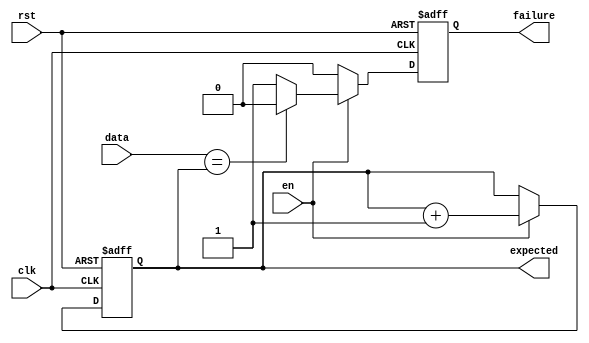
// This program was cloned from: https://github.com/DigitalDesignSchool/ce2020labs
// License: MIT License

module tb_receiver
(
    input            clk,
    input            rst,
    input            en,
    input      [3:0] data,
    output reg [3:0] expected,
    output reg       failure
);

    always @ (posedge clk or posedge rst)
        if (rst)
        begin
            expected <= 1;
            failure  <= 0;
        end
        else if (en)
        begin
            if (data == expected)
            begin
                $display ("Receive %d %d", data, $time);
                failure <= 0;
            end
            else
            begin
                $display ("Failure: receive %d, expected %d %d",
                    data, expected, $time);

                failure <= 1;
            end

            expected <= expected + 1;
        end
        else
        begin 
            failure <= 0;
        end

endmodule